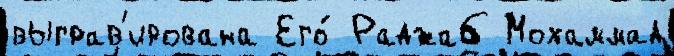
выграв'ирована Его́ Раджаб Мохаммад